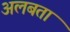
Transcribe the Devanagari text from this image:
अलबता